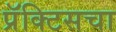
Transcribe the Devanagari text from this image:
प्रॅक्‍टिसचा